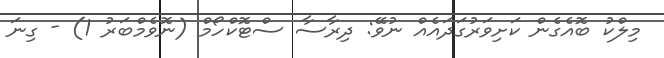
މިލްކު ބޮއެގެން ކަށިވަރުގަދައެއް ނުވޭ: ދިރާސާ ސްޓޮކްހޯމް (ނޮވެމްބަރު 1) - ގިނަ